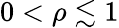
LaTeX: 0<\rho\lesssim 1